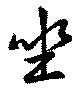
坐